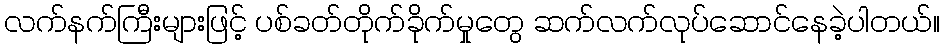
လက်နက်ကြီးများဖြင့် ပစ်ခတ်တိုက်ခိုက်မှုတွေ ဆက်လက်လုပ်ဆောင်နေခဲ့ပါတယ်။